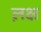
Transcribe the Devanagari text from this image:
ल़क्ष